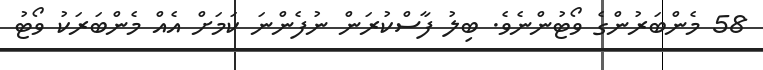
58 މެންބަރުންގެ ވޯޓުންނެވެ. ބިލު ފާސްކުރަން ނުފެންނަ ކަމަށް އެއް މެންބަރަކު ވޯޓު